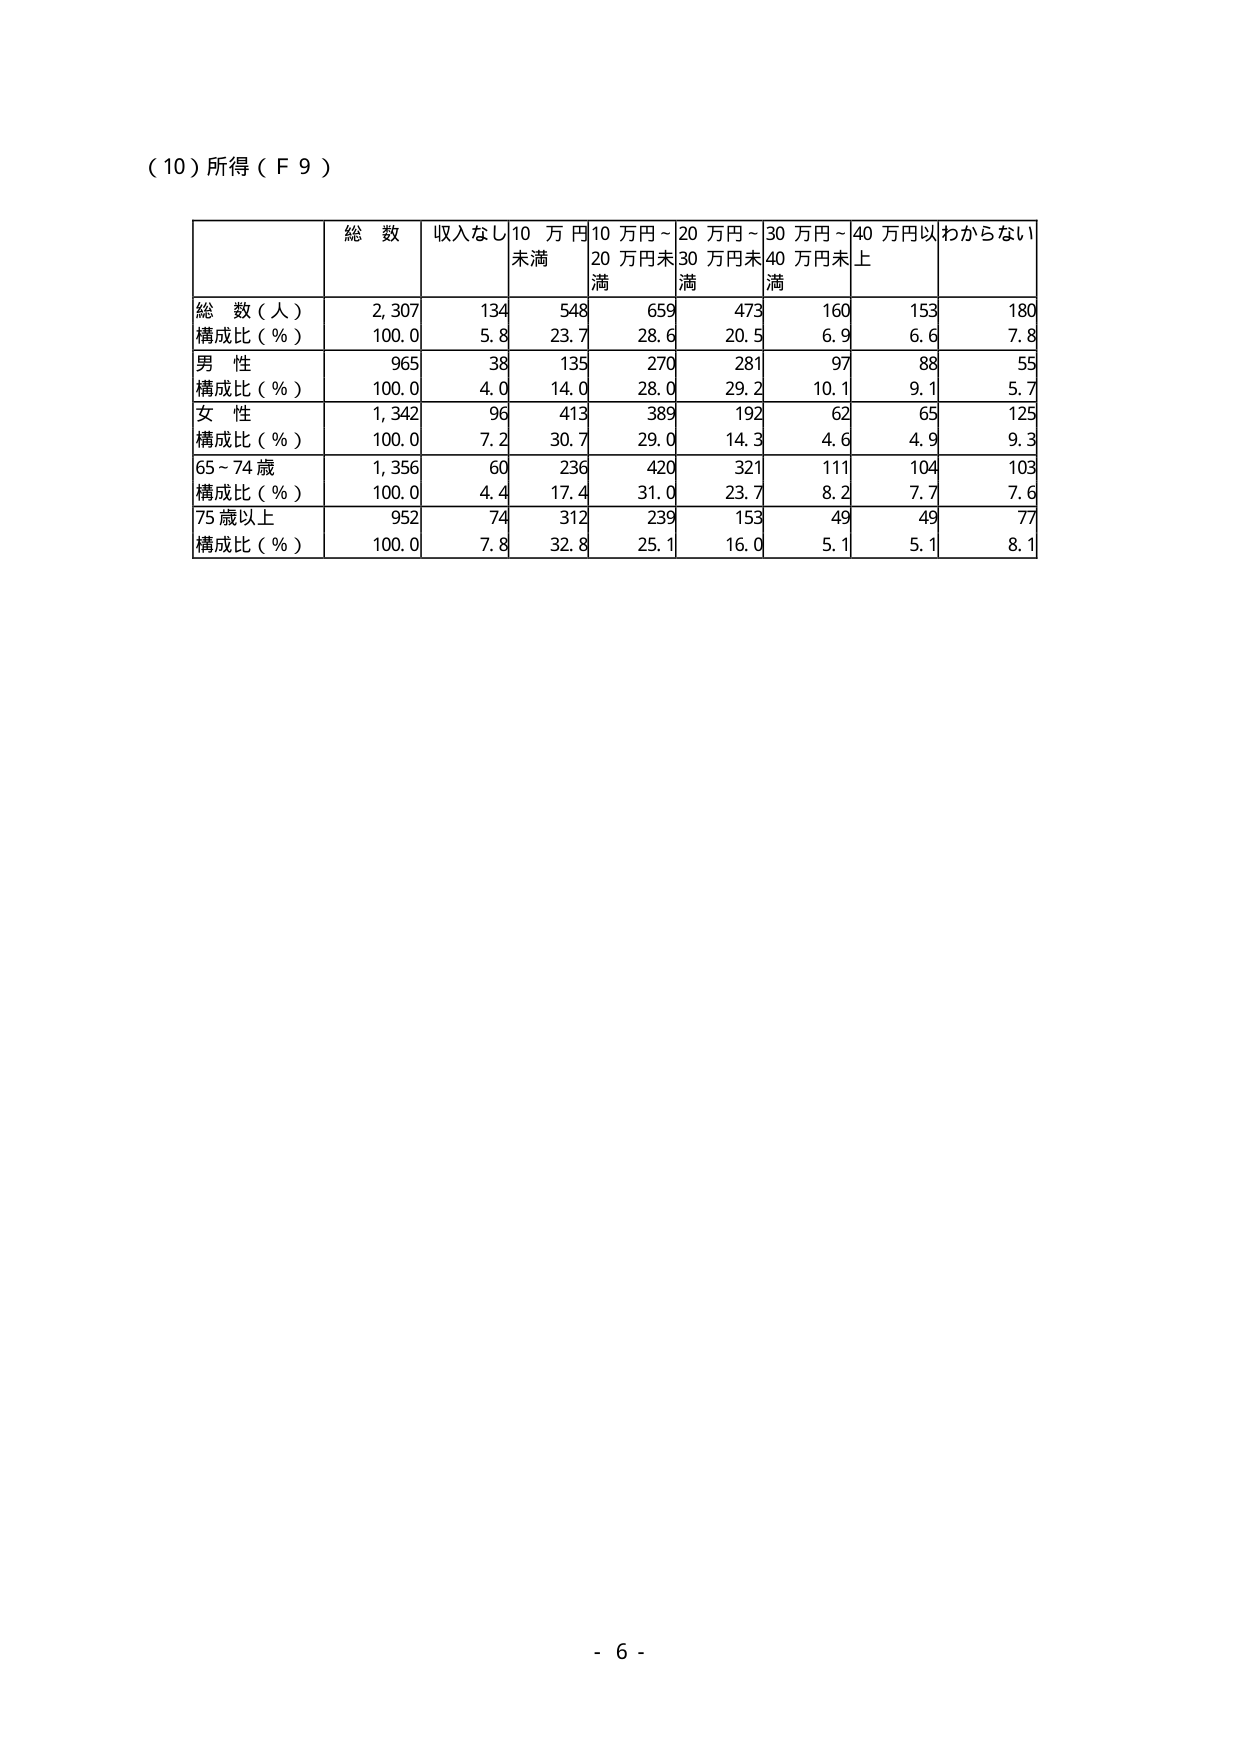
（10）所得（Ｆ９）

総数　収入なし　10万円未満　10万円～20万円未満　20万円～30万円未満　30万円～40万円未満　40万円以上　わからない

総数（人）　2,307　134　548　659　473　160　153　180
構成比（％）　100.0　5.8　23.7　28.6　20.5　6.9　6.6　7.8

男性　965　38　135　270　281　97　88　55
構成比（％）　100.0　4.0　14.0　28.0　29.2　10.1　9.1　5.7

女性　1,342　96　413　389　192　62　65　125
構成比（％）　100.0　7.2　30.7　29.0　14.3　4.6　4.9　9.3

65～74歳　1,356　60　236　420　321　111　104　103
構成比（％）　100.0　4.4　17.4　31.0　23.7　8.2　7.7　7.6

75歳以上　952　74　312　239　153　49　49　77
構成比（％）　100.0　7.8　32.8　25.1　16.0　5.1　5.1　8.1

- 6 -